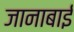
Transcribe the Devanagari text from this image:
जानाबाई